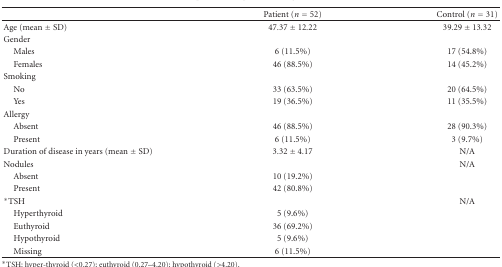
<table><thead><tr><td></td><td><b>Patient (<i>n</i> = 52)</b></td><td><b>Control (<i>n</i> = 31)</b></td></tr></thead><tbody><tr><td>Age (mean ± SD)</td><td>47.37 ± 12.22</td><td>39.29 ± 13.32</td></tr><tr><td>Gender</td><td></td><td></td></tr><tr><td> Males</td><td>6 (11.5%)</td><td>17 (54.8%)</td></tr><tr><td> Females</td><td>46 (88.5%)</td><td>14 (45.2%)</td></tr><tr><td>Smoking</td><td></td><td></td></tr><tr><td>No</td><td>33 (63.5%)</td><td>20 (64.5%)</td></tr><tr><td> Yes</td><td>19 (36.5%)</td><td>11 (35.5%)</td></tr><tr><td>Allergy</td><td></td><td></td></tr><tr><td>Absent</td><td>46 (88.5%)</td><td>28 (90.3%)</td></tr><tr><td> Present</td><td>6 (11.5%)</td><td>3 (9.7%)</td></tr><tr><td>Duration of disease in years (mean ± SD)</td><td>3.32 ± 4.17</td><td>N/A</td></tr><tr><td>Nodules</td><td></td><td>N/A</td></tr><tr><td>Absent</td><td>10 (19.2%)</td><td></td></tr><tr><td> Present</td><td>42 (80.8%)</td><td></td></tr><tr><td>*TSH</td><td></td><td>N/A</td></tr><tr><td> Hyperthyroid</td><td>5 (9.6%)</td><td></td></tr><tr><td> Euthyroid</td><td>36 (69.2%)</td><td></td></tr><tr><td> Hypothyroid</td><td>5 (9.6%)</td><td></td></tr><tr><td> Missing</td><td>6 (11.5%)</td><td></td></tr></tbody></table>